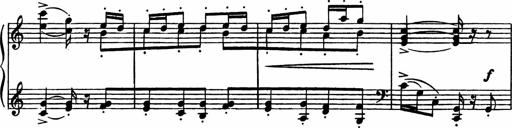
Title: Sonatilla
Composer: Mortimer Wilson
Key: C major